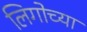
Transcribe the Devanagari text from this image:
लिगोच्या